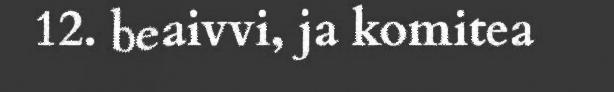
12. beaivvi, ja komitea